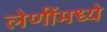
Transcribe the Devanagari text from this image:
लेणींमध्ये